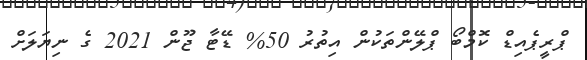
ޕްރީޕެއިޑް ކޮމްބޯ ޕްލޭންތަކުން އިތުރު 50% ޑޭޓާ ޖޫން 2021 ގެ ނިޔަލަށް